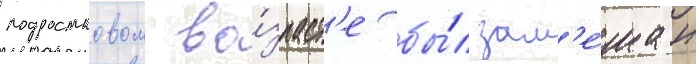
подростковом во́зраст'е бы́л зам'е́шан